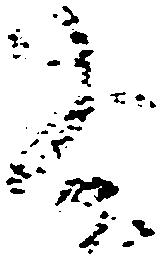
為